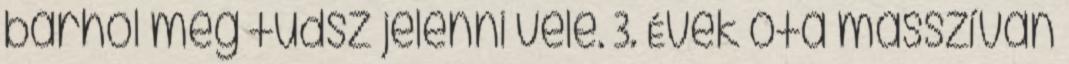
bárhol meg tudsz jelenni vele. 3. Évek óta masszívan